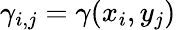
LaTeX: \gamma_{i,j}=\gamma(x_{i},y_{j})